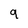
Character: q